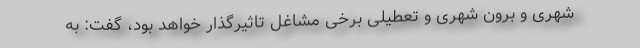
شهری و برون شهری و تعطیلی برخی مشاغل تاثیرگذار خواهد بود، گفت: به